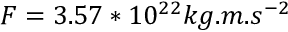
F = 3 . 5 7 * 1 0 ^ { 2 2 } k g . m . s ^ { - 2 }